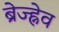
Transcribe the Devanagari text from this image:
ब्रेज्ह्नेव